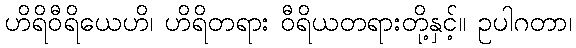
ဟိရိဝီရိယေဟိ၊ ဟိရိတရား ဝီရိယတရားတို့နှင့်။ ဥပါဂတာ၊